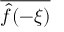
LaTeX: \overline { { { \hat { f } } ( - \xi ) } }